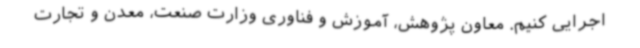
اجرایی کنیم. معاون پژوهش، آموزش و فناوری وزارت صنعت، معدن و تجارت